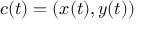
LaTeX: c ( t ) = ( x ( t ) , y ( t ) )